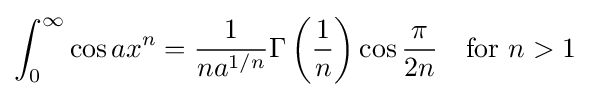
\int _{0}^{\infty }\cos ax^{n}={\frac {1}{na^{1/n}}}\Gamma \left({\frac {1}{n}}\right)\cos {\frac {\pi }{2n}}\quad {\text{for }}n>1